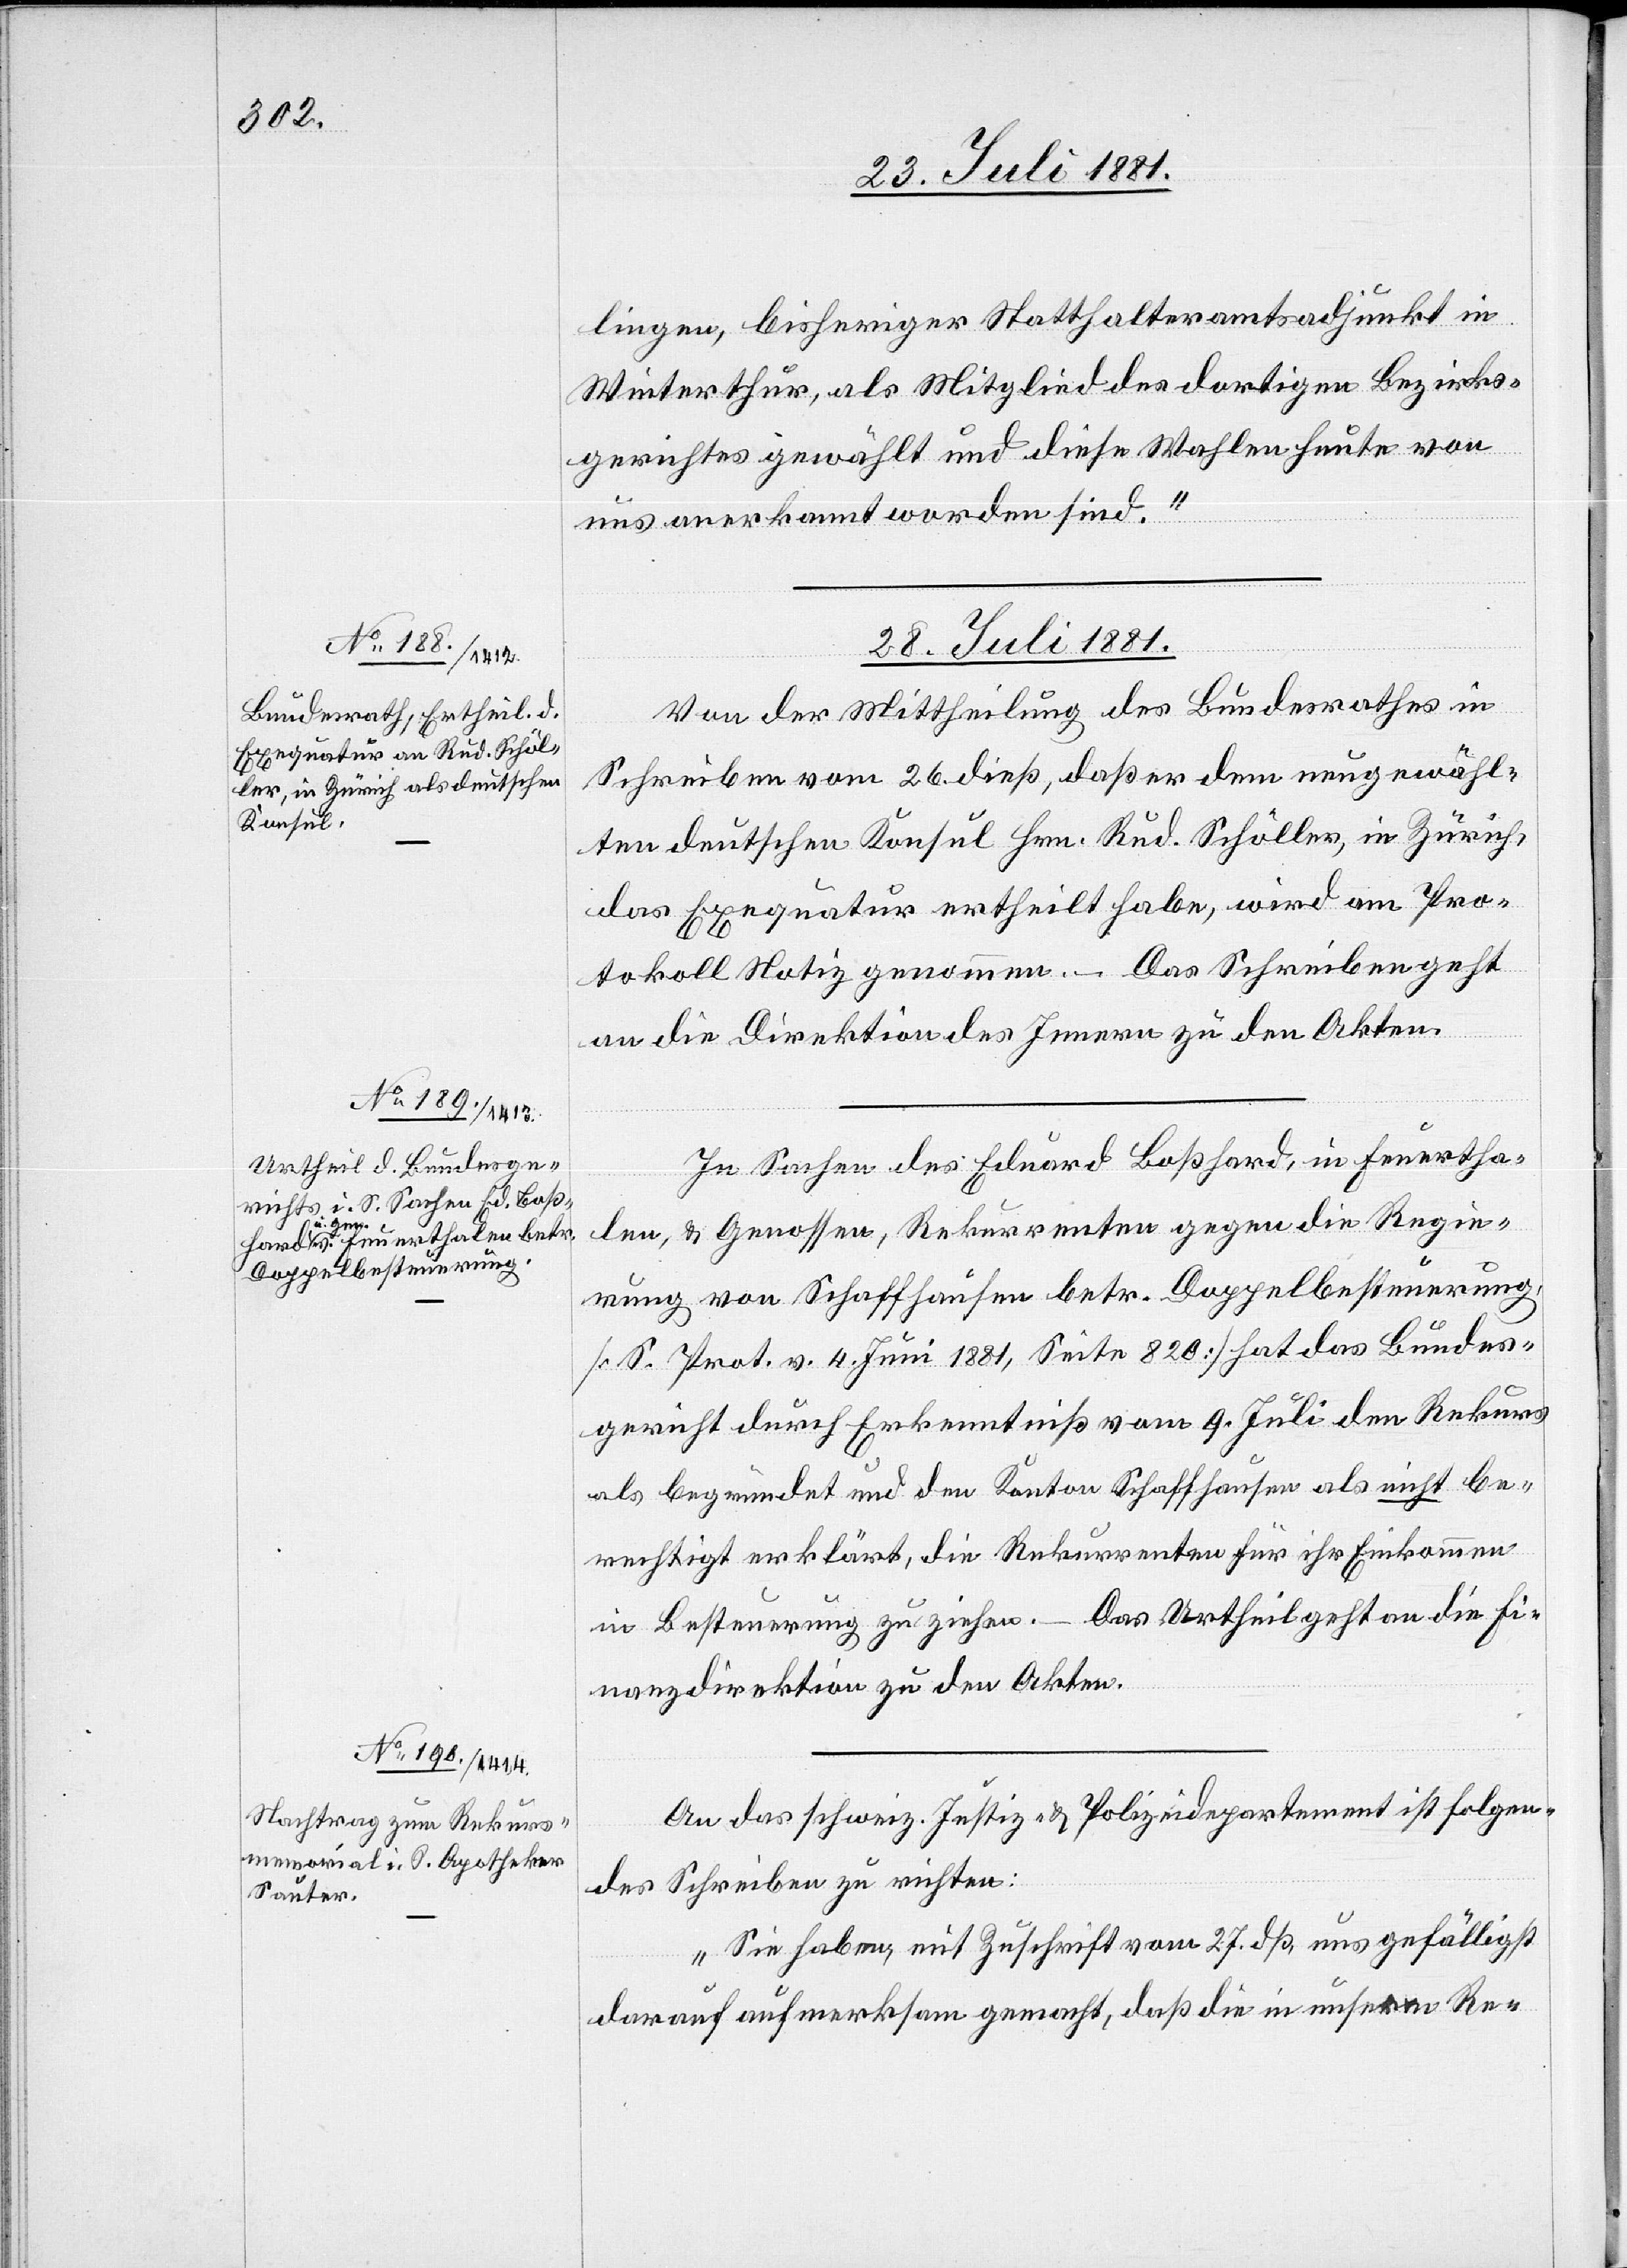
lingen, bisheriger Statthalteramtsadjunkt in
Winterthur, als Mitglied des dortigen Bezirks¬
gerichtes gewählt und diese Wahlen heute von
uns anerkannt worden sind.“
28. Juli 1881.]
Von der Mittheilung des Bundesrathes in
Schreiben vom 26. dieß, daß er dem neugewähl¬
ten deutschen Konsul Hrn. Rud. Schöller, in Zürich,
das Exequatur ertheilt habe, wird am Pro¬
tokoll Notiz genommen. Das Schreiben geht
an die Direktion des Innern zu den Akten.
In Sachen des Eduard Boßhard, in Feuertha¬
len, & Genossen, Rekurrenten gegen die Regie¬
rung von Schaffhausen betr. Doppelbesteuerung,
[S. Prot. v. 4. Juni 1881, Seite 820] hat das Bundes¬
gericht durch Erkenntniß vom 9. Juli den Rekurs
als begründet und den Kanton Schaffhausen als nicht be¬
rechtigt erklärt, die Rekurrenten für ihr Einkommen
in Besteuerung zu ziehen. Das Urtheil geht an die Fi¬
nanzdirektion zu den Akten.
An das schweiz. Justiz- & Polizeidepartement ist folgen¬
des Schreiben zu richten:
„Sie haben, mit Zuschrift vom 27. dß, uns gefälligst
darauf aufmerksam gemacht, daß die in unserm Re-